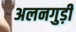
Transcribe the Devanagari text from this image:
अलनगुड़ी